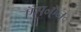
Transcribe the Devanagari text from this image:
ऍस॰ऍन॰